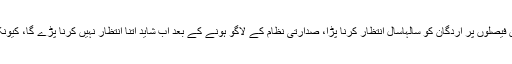
چنانچہ اب یہ حقیقت واضح ہوتی نظر آ رہی ہے کہ اسلام کے حوالے سے جن فیصلوں پر اردگان کو سالہاسال انتظار کرنا پڑا، صدارتی نظام کے لاگو ہونے کے بعد اب شاید اتنا انتظار نہیں کرنا پڑے گا، کیونکہ صدراتی نظام کے بعد صدر کے پاس فیصلہ سازی کا بھرپور اختیار ہوگا۔